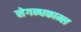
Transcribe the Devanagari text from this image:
सेगन्धकाम्ल